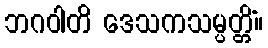
ဘဂဝါတိ ဒေသကသမ္ပတ္တိံ။